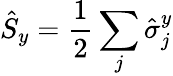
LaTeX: \hat{S}_{y}=\frac{1}{2}\sum_{j}\hat{\sigma}_{j}^{y}